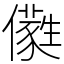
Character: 𠐭